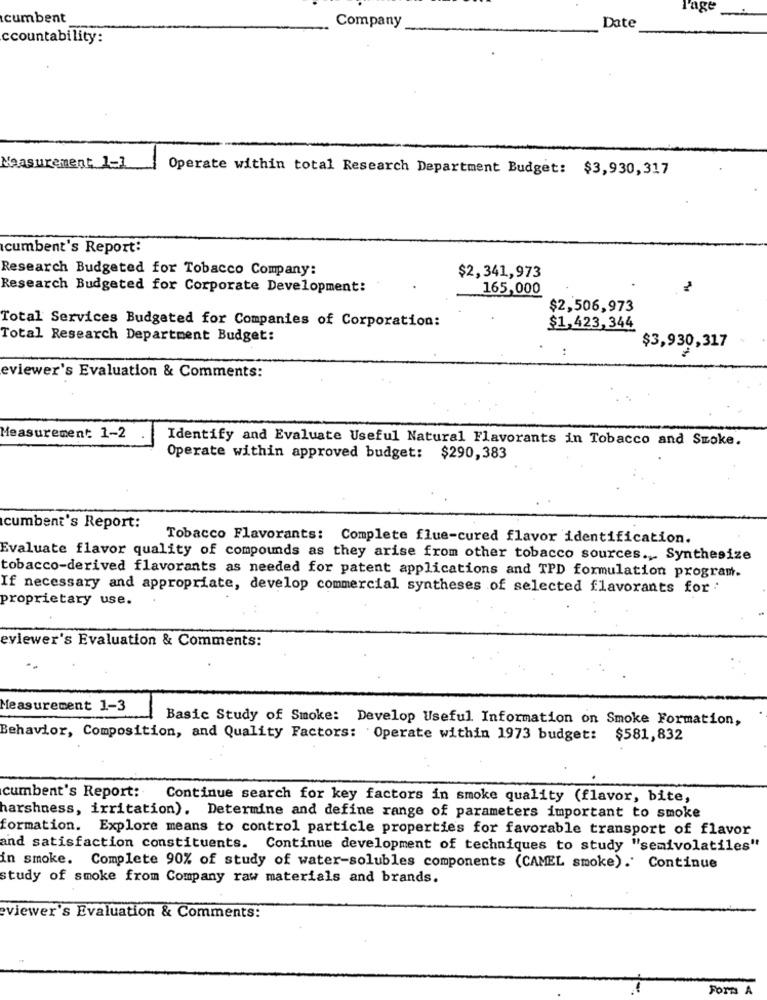
Page
cumbent
Company
Date
ccountability:
Measurement 1-1
Operate within total Research Department Budget: $3,930,317
cumbent's Report:
Research Budgeted for Tobacco Company:
$2,341,973
Research Budgeted for Corporate Development:
165,000
$2,506,973
Total Services Budgeted for Companies of Corporation:
$1,423,344
Total Research Department Budget:
$3,930,317
:
eviewer's Evaluation & Comments:
Measurement: 1-2
Identify and Evaluate Useful Natural Flavorants in Tobacco and Smoke.
Operate within approved budget: $290,383
cumbent's Report:
Tobacco Flavorants: Complete flue-cured flavor identification.
Evaluate flavor quality of compounds as they arise from other tobacco sources ., Synthesize
tobacco-derived flavorants as needed for patent applications and TPD formulation program.
If necessary and appropriate, develop commercial syntheses of selected flavorants for
proprietary use.
eviewer's Evaluation & Comments:
Measurement 1-3
Basic Study of Smoke: Develop Useful Information on Smoke Formation,
Behavior, Composition, and Quality Factors: Operate within 1973 budget: $581,832
cumbent's Report:
Continue search for key factors in smoke quality (flavor, bite,
harshness, irritation). Determine and define range of parameters important to smoke
formation. Explore means to control particle properties for favorable transport of flavor
and satisfaction constituents. Continue development of techniques to study "semivolatiles"
in smoke. Complete 90% of study of water-solubles components (CAMEL smoke).' Continue
study of smoke from Company raw materials and brands.
eviewer's Evaluation & Comments:
Fora A